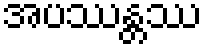
အပဿန္တဿ